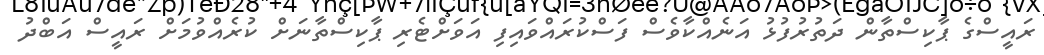
ރައީސްގެ ޕާކިސްތާން ދަތުރުފުޅު އަނެއްކާވެސް ފަސްކުރައްވައިފި އަވަށްޓެރި ޕާކިސްތާނަށް ކުރެއްވުމަށް ރައީސް އަބްދު